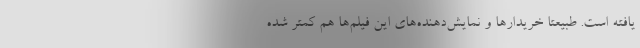
یافته است. طبیعتا خریدارها و نمایش‌دهنده‌های این فیلم‌ها هم کمتر شده